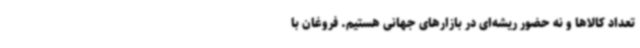
تعداد کالاها و نه حضور ریشه‌ای در بازارهای جهانی هستیم. فروغان با